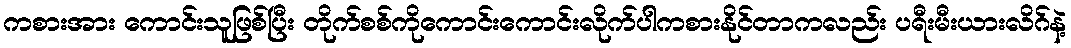
ကစားအား ကောင်းသူဖြစ်ပြီး တိုက်စစ်ကိုကောင်းကောင်းလိုက်ပါကစားနိုင်တာကလည်း ပရီးမီးယားလိဂ်နဲ့